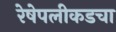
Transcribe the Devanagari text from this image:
रेषेपलीकडचा